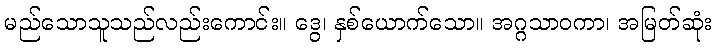
မည်သောသူသည်လည်းကောင်း။ ဒွေ၊ နှစ်ယောက်သော။ အဂ္ဂသာဝကာ၊ အမြတ်ဆုံး